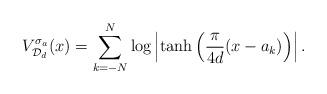
LaTeX: \begin{align*}V_{\mathcal{D}_{d}}^{\sigma_{a}}(x) & = \sum_{k = -N}^{N} \log \left| \tanh \left( \frac{\pi}{4d} (x - a_{k}) \right) \right|. \end{align*}